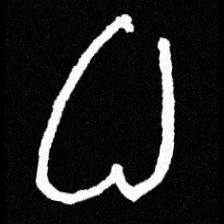
Pyu character \u2014 Myanmar letter: ဓ (romanized: dha)